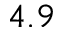
4 . 9